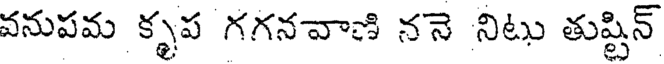
వనుపమ కృప గగనవాణి ననె నిటు తుష్టిన్